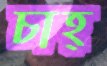
চাহ্